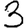
Digit: 3